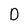
Character: D